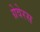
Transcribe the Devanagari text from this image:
ग्रेवेरस